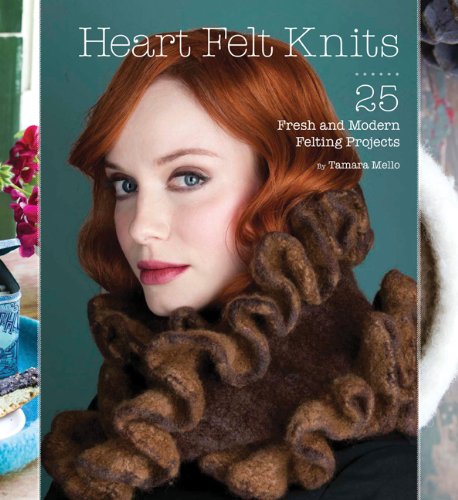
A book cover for Heart Felt Knits: 25 Fresh and Modern Felting Projects; Tamara Mello; Crafts, Hobbies & Home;